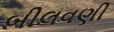
બીલવણી